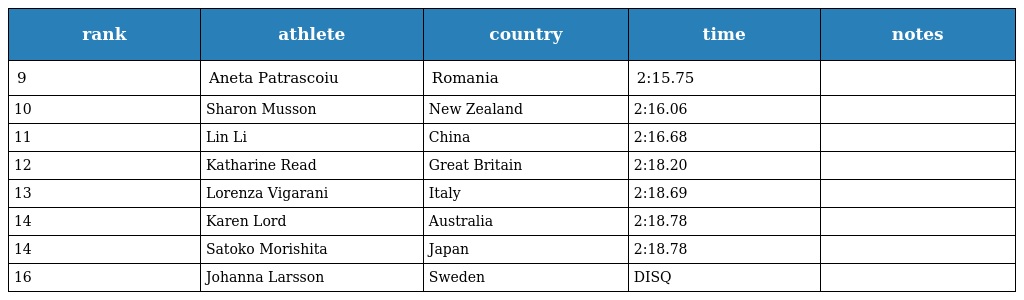
| rank | athlete | country | time | notes |
 | --- | --- | --- | --- | --- |
 | 9 | Aneta Patrascoiu | Romania | 2:15.75 |  |
 | 10 | Sharon Musson | New Zealand | 2:16.06 |  |
 | 11 | Lin Li | China | 2:16.68 |  |
 | 12 | Katharine Read | Great Britain | 2:18.20 |  |
 | 13 | Lorenza Vigarani | Italy | 2:18.69 |  |
 | 14 | Karen Lord | Australia | 2:18.78 |  |
 | 14 | Satoko Morishita | Japan | 2:18.78 |  |
 | 16 | Johanna Larsson | Sweden | DISQ |  |